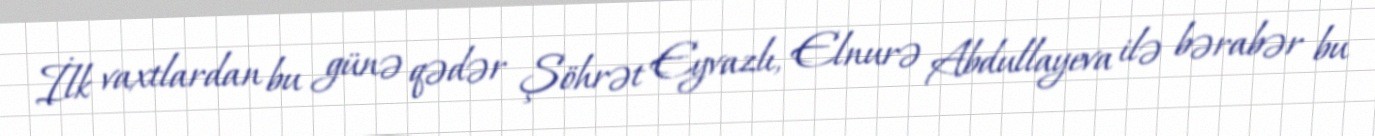
İlk vaxtlardan bu günə qədər Şöhrət Eyvazlı, Elnurə Abdullayeva ilə bərabər bu